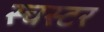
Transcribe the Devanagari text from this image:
स्चस्टर